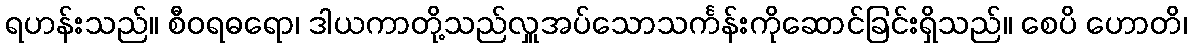
ရဟန်းသည်။ စီဝရဓရော၊ ဒါယကာတို့သည်လှူအပ်သောသင်္ကန်းကိုဆောင်ခြင်းရှိသည်။ စေပိ ဟောတိ၊